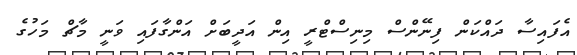
އެފައިސާ ދައްކަން ފިނޭންސް މިނިސްޓްރީ އިން އަދީބަށް އަންގާފައި ވަނީ މާޗް މަހުގެ